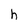
Character: h